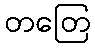
တတြေ